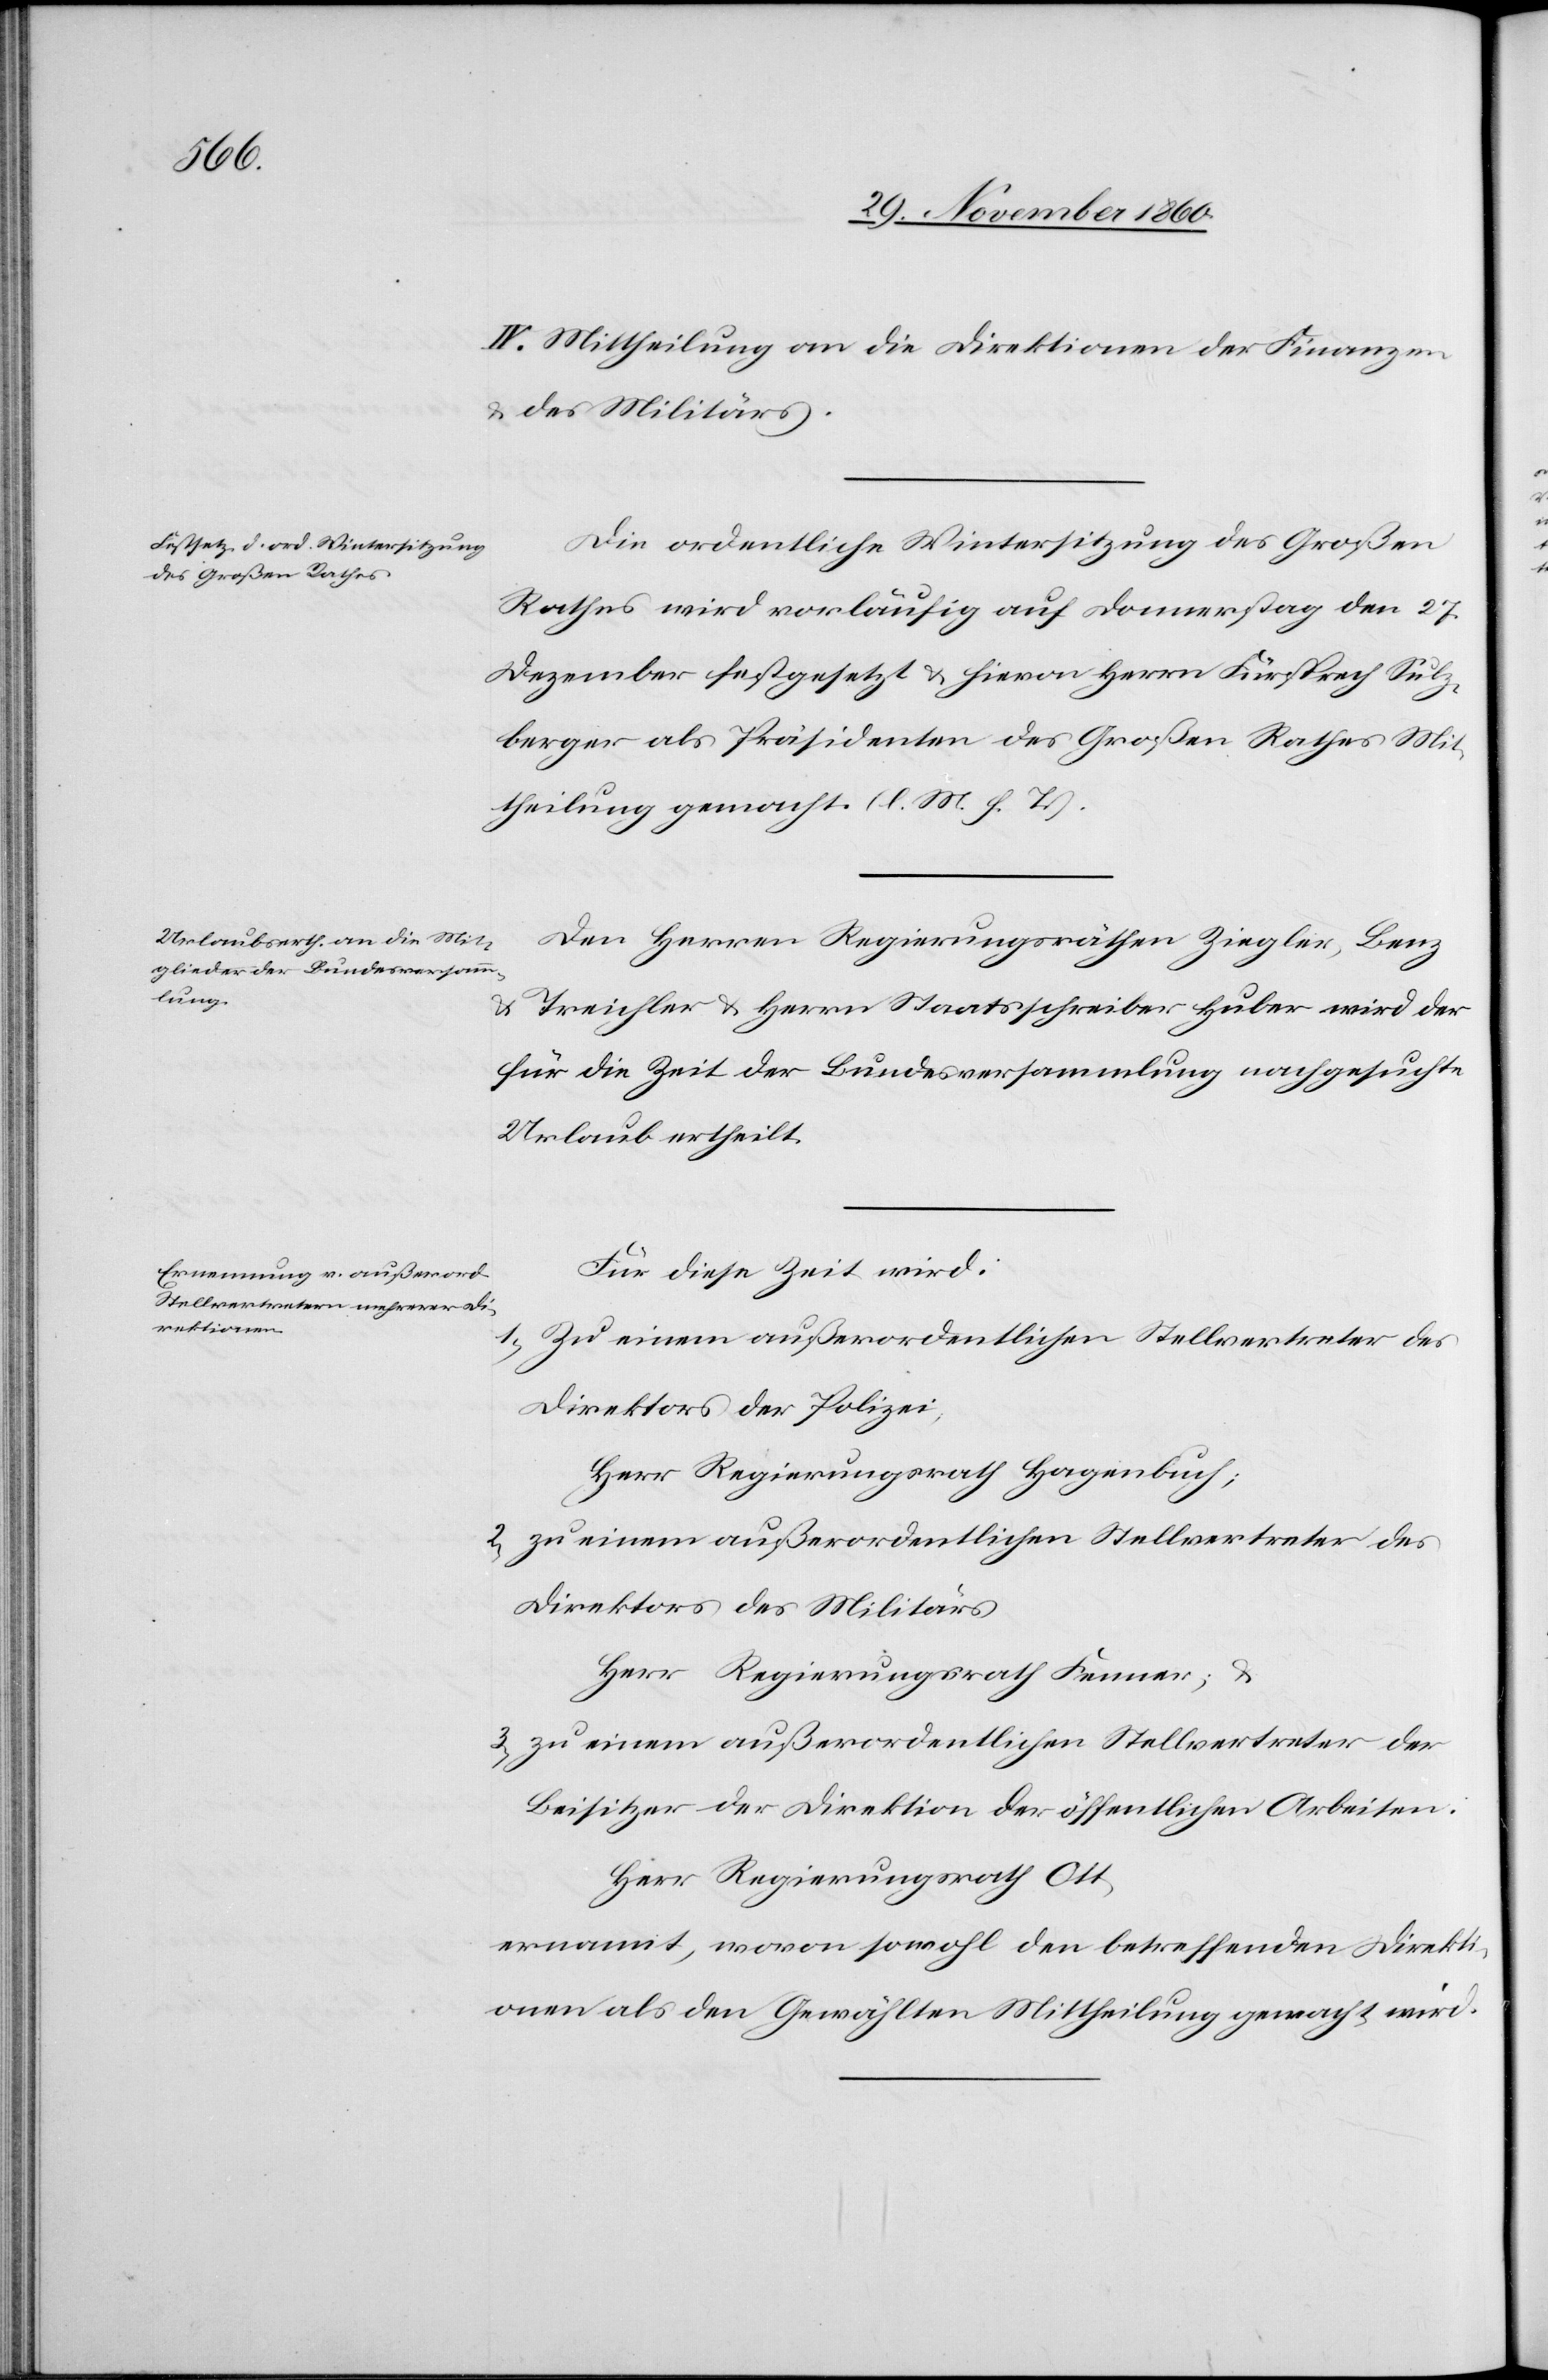
Direk¬

IV. Mittheilung an die Direktionen der Finanzen
u. des Militärs.
Die ordentliche Wintersitzung des Großen
Rathes wird vorläufig auf Donnerstag den 27.
Dezember festgesetzt u. hievon Herrn Fürsprech Sulz¬
berger als Präsidenten des Großen Rathes Mit¬
theilung gemacht. (l. M. h. T.)
Den Herren Regierungsräthen Ziegler, Benz
u. Treichler u. Herrn Staatsschreiber Huber wird der
für die Zeit der Bundesversammlung nachgesuchte
Urlaub ertheilt.
Für diese Zeit wird:
1.
Zu einem außerordentlichen Stellvertreter des
Direktors der Polizei,
Herr Regierungsrath Hagenbuch;
2. zu einem außerordentlichen Stellvertreter des
Direktors des Militärs
Herr Regierungsrath Fenner; u.
3. zu einem außerordentlichen Stellvertreter der
Beisitzer der Direktion der öffentlichen Arbeiten.
Herr Regierungsrath Ott,
tionen als den Gewählten Mittheilung gemacht wird.